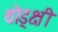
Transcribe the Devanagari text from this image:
थोड्क्षी